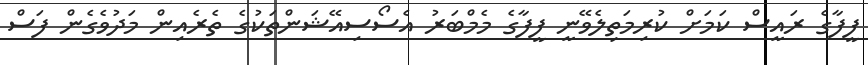
ފީފާގެ ރައީސް ކަމަށް ކުރިމަތިލެވޭނީ ފީފާގެ މެމްބަރު އެސޯސިއޭޝަންތަކުގެ ތެރެއިން މަދުވެގެން ފަސް